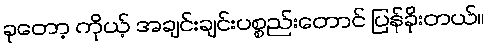
ခုတော့ ကိုယ့် အချင်းချင်းပစ္စည်းတောင် ပြန်ခိုးတယ်။